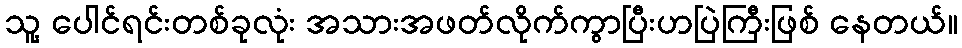
သူ့ ပေါင်ရင်းတစ်ခုလုံး အသားအဖတ်လိုက်ကွာပြီးဟပြဲကြီးဖြစ် နေတယ်။